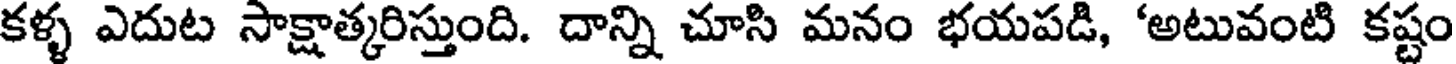
కళ్ళ ఎదుట సాక్షాత్కరిస్తుంది. దాన్ని చూసి మనం భయపడి, 'అటువంటి కష్టం